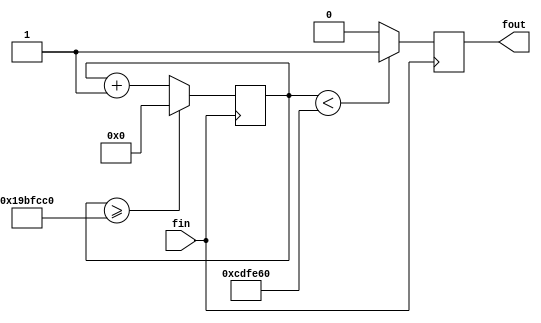
module fDIV27M(fin,fout);
input fin;
output fout;
wire [31:0]DIVN,_DIVN;
reg [31:0]count;
reg fout;
always @(posedge fin)
count=(count>=DIVN)?32'd0:count+1;
assign DIVN=32'd27000000;
assign _DIVN=DIVN>>1;
always @(negedge fin)
if(count<_DIVN)
fout<=1'b1;
else
fout<=1'b0;
endmodule